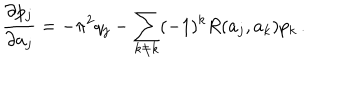
LaTeX: { \frac { \partial p _ { j } } { \partial a _ { j } } } = - \pi ^ { 2 } q _ { j } - \sum _ { k \neq k } ( - 1 ) ^ { k } R ( a _ { j } , a _ { k } ) p _ { k } \, .